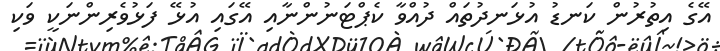
އޭގެ އިތުރުން ކަނޑު އުޅަނދުތައް ދުއްވާ ކެޕްޓަނުންނާއި އޭގައި އުޅޭ ފަޅުވެރިންނަކީ ވަކި